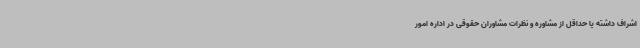
اشراف داشته یا حداقل از مشاوره و نظرات مشاوران حقوقی در اداره امور